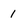
Character: 1